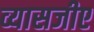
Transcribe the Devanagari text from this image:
व्यासजीए